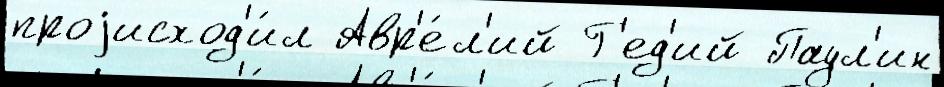
проjисход'и́л Авр'е́л'ий Г'ед'ий Паул'ин